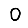
Digit: 0